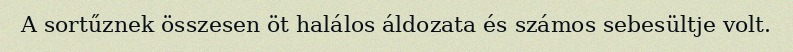
A sortűznek összesen öt halálos áldozata és számos sebesültje volt.